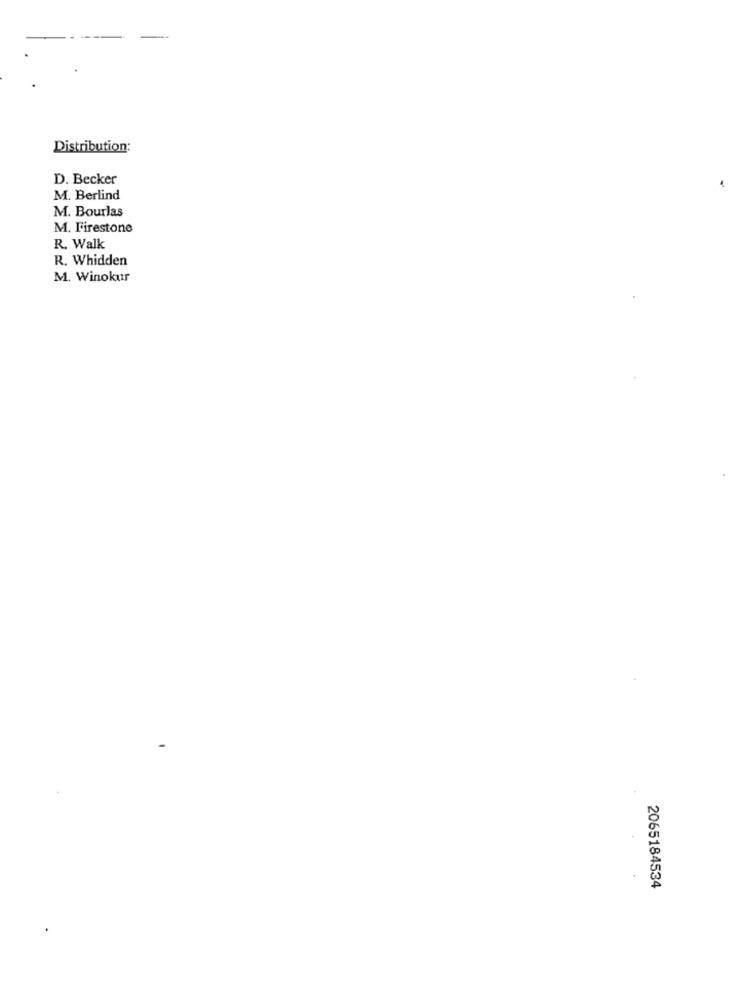
Distribution:
D. Becker
M. Berlind
M. Bourlas
M. Firestone
R. Walk
R. Whidden
M. Winokur
2065184534